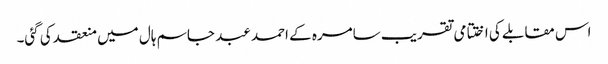
اس مقابلے کی اختتامی تقریب سامرہ کے احمد عبد جاسم ہال میں منعقد کی گئی۔